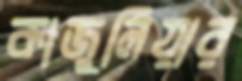
কাজুলিয়ার